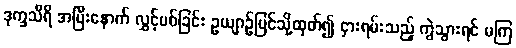
ဒုက္ခသီရိ အပြီးနောက် လွှင့်ပစ်ခြင်း ဥယျာဉ်ပြင်သို့ထုတ်၍ ငှားရမ်းသည့် ကွဲသွားရင် မကြ